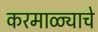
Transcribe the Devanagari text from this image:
करमाळ्याचे